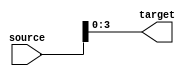
module part_select_assignment (
    input wire [15:0] source,  // 16-bit source signal
    output wire [3:0] target    // 4-bit target signal
);

// Continuous assignment of specific bits from source to target
assign target = source[3:0]; // Selecting bits 0 through 3 from source

endmodule